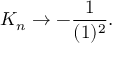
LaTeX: K _ { n } \rightarrow - \frac { 1 } { ( 1 ) ^ { 2 } } .